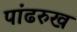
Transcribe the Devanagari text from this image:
पांढरुख